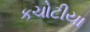
કચોટીયા